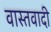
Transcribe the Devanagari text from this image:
वास्तवादी